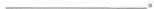
___。